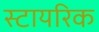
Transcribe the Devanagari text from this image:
स्टायरिक